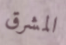
المشرق